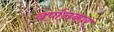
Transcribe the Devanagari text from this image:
वर्णनकार